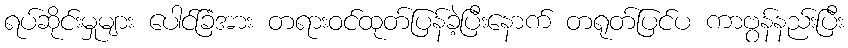
ရပ်ဆိုင်းမှုများ ပေါင်ခြံအား တရားဝင်ထုတ်ပြန်ခဲ့ပြီးနောက် တရုတ်ပြင်ပ ကာဗွန်နည်းပြီး